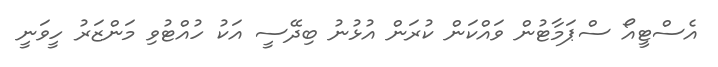
އެސްޓީއޯ ސްޕަމާޓުން ވައްކަން ކުރަން އުޅުނު ބިދޭސީ އަކު ހުއްޓުވި މަންޒަރު ހީވަނީ